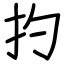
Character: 扚